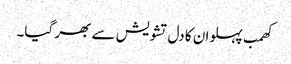
کھمب پہلوان کا دل تشویش سے بھر گیا۔